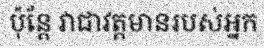
ប៉ុន្តែ វាជាវត្តមានរបស់អ្នក